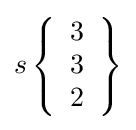
s\left\{{\begin{array}{l}3\\3\\2\end{array}}\right\}